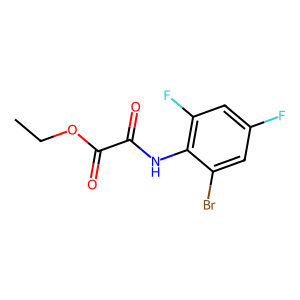
SMILES: CCOC(=O)C(=O)Nc1c(F)cc(F)cc1Br
Inhibits HIV replication: No